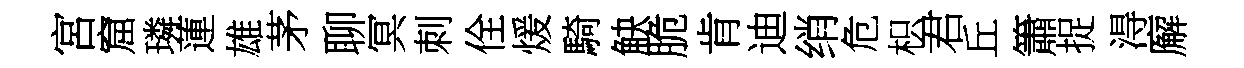
宮窟璘蓮雄茅聊冥刺佺煖騎觖脆肯迪绡危枳君丘簫捉淂廨